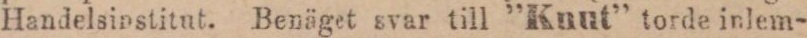
Handelsinstitut. Benäget svar till ”Kunt” torde inlem-